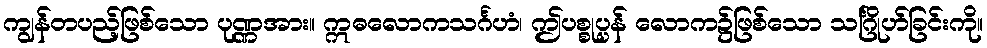
ကျွန်တပည့်ဖြစ်သော ပုဏ္ဏအား။ ဣဓလောကသင်္ဂဟံ၊ ဤပစ္စုပ္ပန် လောက၌ဖြစ်သော သင်္ဂြိုဟ်ခြင်းကို။